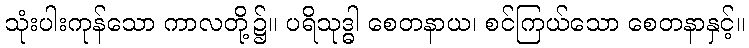
သုံးပါးကုန်သော ကာလတို့၌။ ပရိသုဒ္ဓါ စေတနာယ၊ စင်ကြယ်သော စေတနာနှင့်။